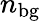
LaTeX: n_{\mathrm{bg}}